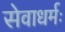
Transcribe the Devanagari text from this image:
सेवाधर्मः